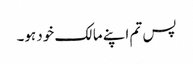
پس تم اپنے مالک خود ہو۔